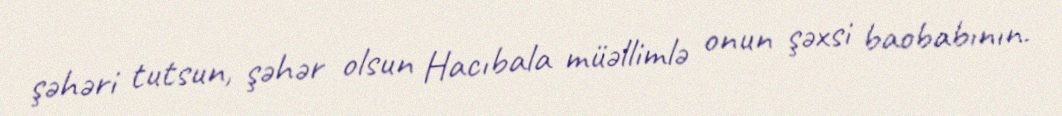
şəhəri tutsun, şəhər olsun Hacıbala müəllimlə onun şəxsi baobabının.